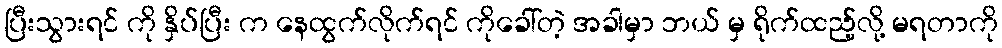
ပြီးသွားရင် ကို နှိပ်ပြီး က နေထွက်လိုက်ရင် ကိုခေါ်တဲ့ အခါမှာ ဘယ် မှ ရိုက်ထည့်လို့ မရတာကို